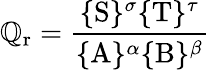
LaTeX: \mathbb{Q}_{\mathrm{{r}}}={\frac{{\{ \mathrm{{S}}\} ^{\sigma}\{ \mathrm{{T}}\} ^{\tau}}}{{\{ \mathrm{{A}}\} ^{\alpha}\{ \mathrm{{B}}\} ^{\beta}}}}